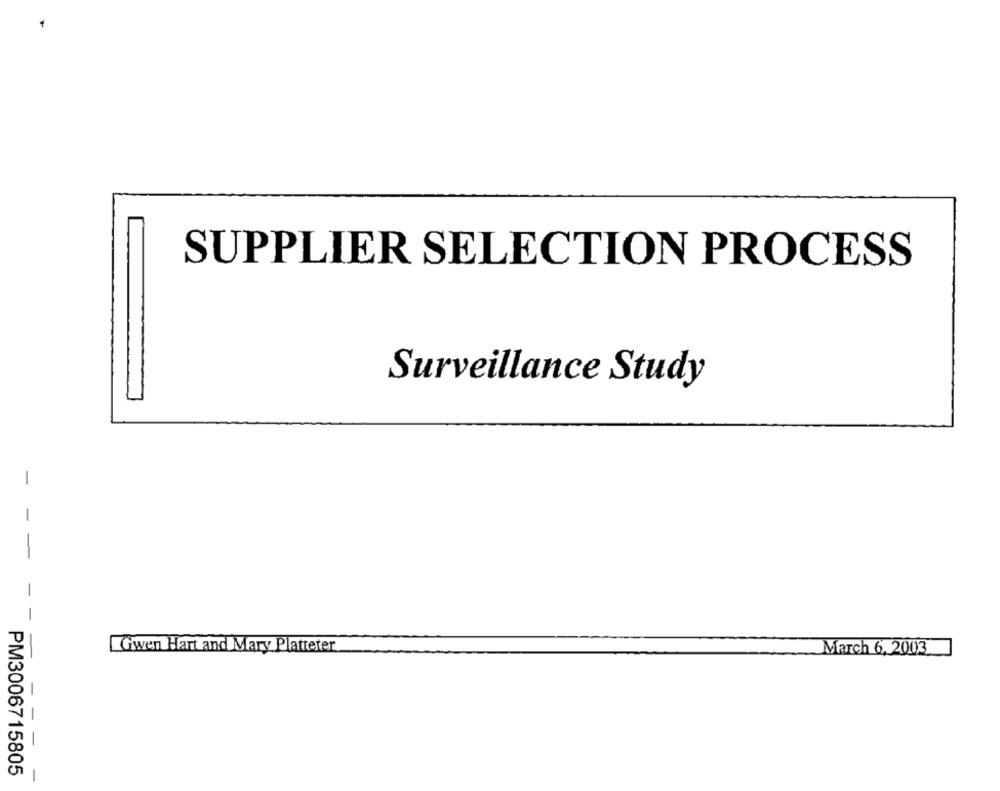
SUPPLIER SELECTION PROCESS
Surveillance Study
Gwen Hart and Mary Platteter
March 6,2003
- -
PM3006715805